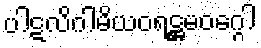
ပါဋလိဂါမိယဝရဋ္ဌမဝဂ္ဂေါ